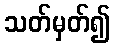
သတ်မှတ်၍